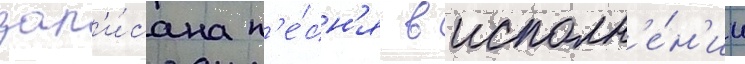
зап'и́сана п'е́сн'я в исполн'е́н'ии